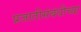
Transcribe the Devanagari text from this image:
प्रजातीसंबंधीच्या